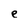
Character: e